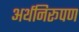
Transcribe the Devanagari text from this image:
अर्थनिरूपण